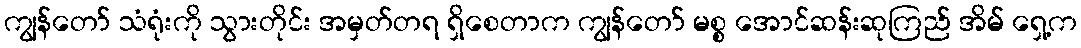
ကျွန်တော် သံရုံးကို သွားတိုင်း အမှတ်တရ ရှိစေတာက ကျွန်တော် မစ္စ အောင်ဆန်းဆုကြည် အိမ် ရှေ့က